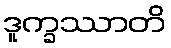
ဒူက္ခဿာတိ